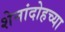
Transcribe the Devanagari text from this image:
शेनांदोहच्या